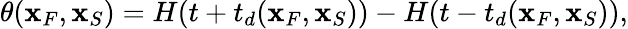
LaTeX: \theta({\mathbf x}_{F},{\mathbf x}_{S})=H(t+t_{d}({\mathbf x}_{F},{\mathbf x}_{S}))-H(t-t_{d}({\mathbf x}_{F},{\mathbf x}_{S})),